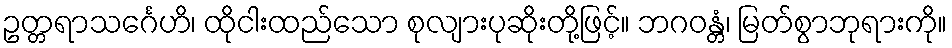
ဥတ္တရာသင်္ဂေဟိ၊ ထိုငါးထည်သော စုလျားပုဆိုးတို့ဖြင့်။ ဘဂဝန္တံ၊ မြတ်စွာဘုရားကို။